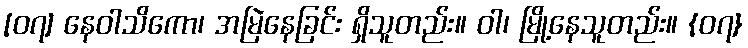
[၀၇] နေဝါသိကော၊ အမြဲနေခြင်း ရှိသူတည်း။ ဝါ၊ မြို့နေသူတည်း။ {၀၇}